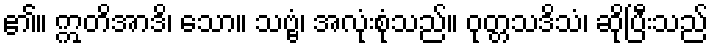
၏။ ဣတိအာဒိ၊ သော။ သဗ္ဗံ၊ အလုံးစုံသည်။ ဝုတ္တသဒိသံ၊ ဆိုပြီးသည်